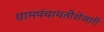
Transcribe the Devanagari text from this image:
ग्रामपंचायतीशेजारी